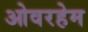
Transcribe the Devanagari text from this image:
ओवरहेम